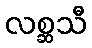
လစ္ဆသီ